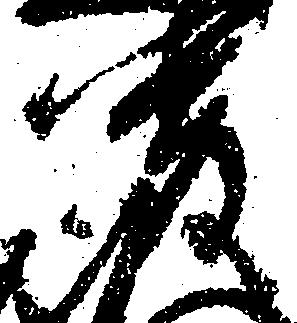
厳